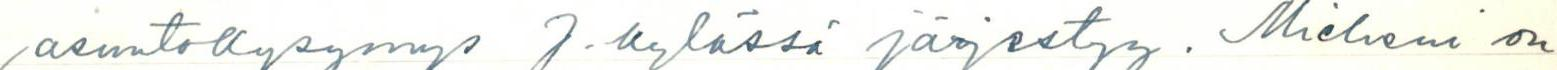
asuntokysymys J.kylässä järjestyy. Mieheni on